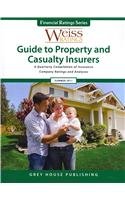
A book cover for Weiss Ratings Guide to Property & Casualty Insurers Summer 2011: A Quarterly Compilation of Insurance Company Ratings and Analyses; Business & Money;